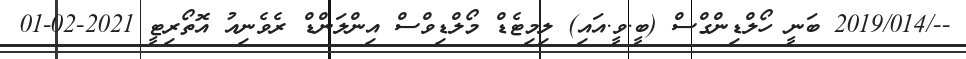
--/2019/014 ބަނީ ހޯލްޑިންގްސް (ބީ.ވީ.އައި) ލިމިޓެޑް މޯލްޑިވްސް އިންލަންޑް ރެވެނިއު އޮތޯރިޓީ 2021-02-01